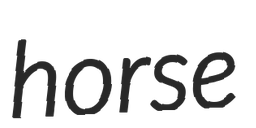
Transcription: horse